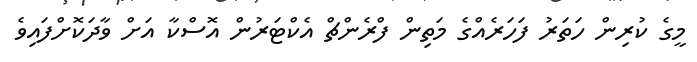
މީގެ ކުރިން ހަތަރު ފަހަރެއްގެ މަތިން ފްރެންޗް އެކްޓަރުން އޮސްކާ އަށް ވާދަކޮށްފައިވެ